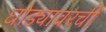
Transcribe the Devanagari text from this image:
घोड्यावरची